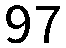
97